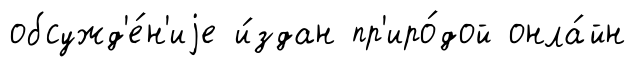
обсужд'е́н'иjе и́здан пр'иро́дой онла́йн